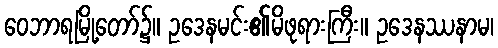
ဝေဘာရမြို့တော်၌။ ဥဒေနမင်း၏မိဖုရားကြီး။ ဥဒေနဿနာမ၊